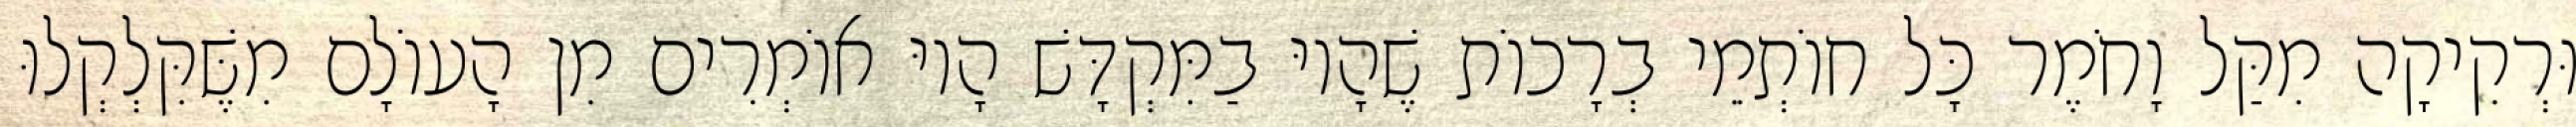
וּרְקִיקָה מִקַּל וָחֹמֶר כָּל חוֹתְמֵי בְרָכוֹת שֶׁהָיוּ בַמִּקְדָּשׁ הָיוּ אוֹמְרִים מִן הָעוֹלָם מִשֶּׁקִּלְקְלוּ